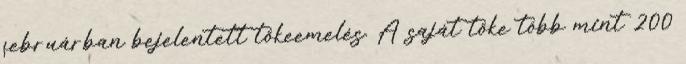
februárban bejelentett tőkeemelés. A saját tőke több mint 200